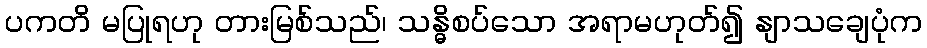
ပကတိ မပြုရဟု တားမြစ်သည်၊ သန္ဓိစပ်သော အရာမဟုတ်၍ နျာသချေပုံက